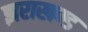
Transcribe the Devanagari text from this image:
झराखण्ड